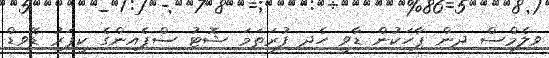
ވިލެމްސް ދިން ޕާހަކުން ޑާވީ ހެދި ފުރަތަމަ ޝޮޓު ސްޕެއިންގެ ކީޕަރު ޑޭވިޑް